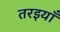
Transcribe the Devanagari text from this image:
तरइयाँ